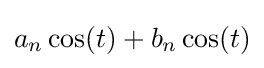
a_{n}\cos(t)+b_{n}\cos(t)